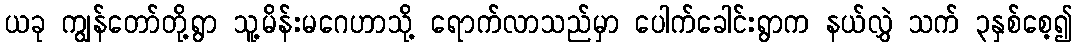
ယခု ကျွန်တော်တို့ရွာ သူ့မိန်းမဂေဟာသို့ ရောက်လာသည်မှာ ပေါက်ခေါင်းရွာက နယ်လွှဲ သက် ၃နှစ်စေ့၍